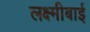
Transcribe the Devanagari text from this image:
लक्ष्‍मीबाई